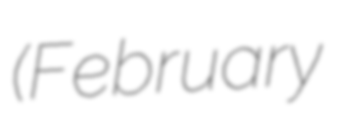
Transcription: (February